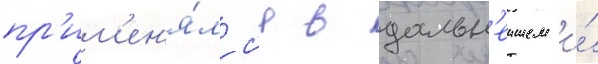
пр'им'ен'я́лс'я в дальн'еишем и́